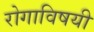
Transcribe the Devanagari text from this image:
रोगाविषयी